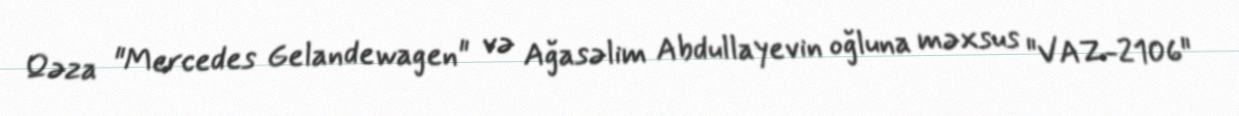
Qəza "Mercedes Gelandewagen" və Ağasəlim Abdullayevin oğluna məxsus "VAZ-2106"